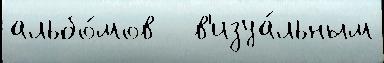
альбо́мов   в'изуа́льным